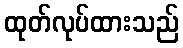
ထုတ်လုပ်ထားသည်